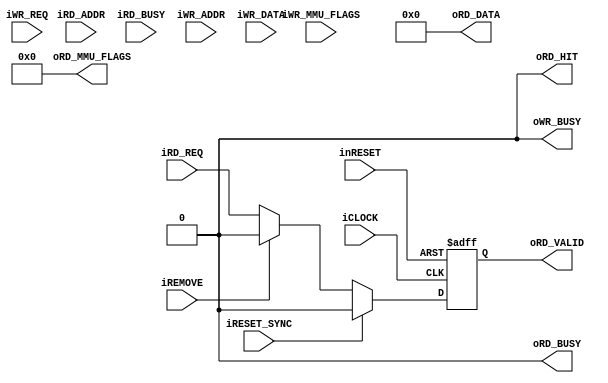
module l1_inst_cache_64entry_4way_line64b_bus_8b_disable_cache(
		/********************************
		System
		********************************/
		input wire iCLOCK,
		input wire inRESET,
		input wire iRESET_SYNC,
		//Remove
		input wire iREMOVE,
		/********************************
		Search
		********************************/
		//Search Request 
		input wire iRD_REQ,
		output wire oRD_BUSY,		
		input wire [31:0] iRD_ADDR,		//Tag:22bit | Index:4bit(4Way*16Entry) | LineSize:6bit(64B)
		//Search Output Result
		output wire oRD_VALID,
		output wire oRD_HIT,
		input wire iRD_BUSY,		
		output wire [63:0] oRD_DATA,
		output wire [23:0] oRD_MMU_FLAGS,
		/********************************
		Write Request
		********************************/
		input wire iWR_REQ,
		output wire oWR_BUSY,
		input wire [31:0] iWR_ADDR,	//Tag:22bit | Index:4bit(4Way*16Entry) | LineSize:6bit(64B)
		input wire [511:0] iWR_DATA,
		input wire [255:0] iWR_MMU_FLAGS
	);
			
	assign oRD_BUSY = 1'b0;
	
	reg b_req_valid;
	always@(posedge iCLOCK or negedge inRESET)begin
		if(!inRESET)begin
			b_req_valid <= 1'b0;
		end
		else if(iRESET_SYNC)begin
			b_req_valid <= 1'b0;
		end
		else if(iREMOVE)begin
			b_req_valid <= 1'b0;
		end
		else begin
			b_req_valid <= iRD_REQ;
		end
	end

	assign oRD_VALID = b_req_valid;
	assign oRD_HIT = 1'b0;
	assign oRD_DATA = 64'h0;
	assign oRD_MMU_FLAGS = 23'h0;
	assign oWR_BUSY = 1'b0;
	
endmodule